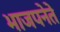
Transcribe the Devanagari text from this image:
भाजपनेते